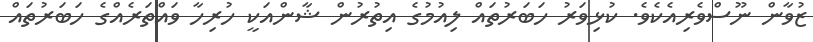
ޒުވާން ނޫސްވެރިއެކެވެ. ކުޅިވަރު ހަބަރުތައް ލިއުމުގެ އިތުރުން ޝާންއަކީ ހުރިހާ ވައްތަރެއްގެ ހަބަރުތައް